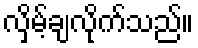
လှိမ့်ချလိုက်သည်။